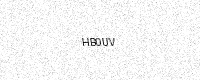
Text: HB0UV